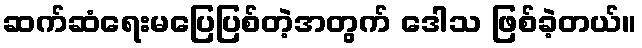
ဆက်ဆံရေးမပြေပြစ်တဲ့အတွက် ဒေါသ ဖြစ်ခဲ့တယ်။